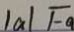
\vert a \vert F _ { a }